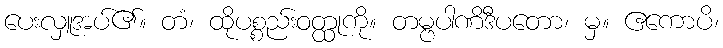
ပေးလှူအပ်၏။ တံ၊ ထိုပစ္စည်းဝတ္ထုကို။ တမ္ဗပါဏိဒီပတော၊ မှ။ ဧကောပိ၊